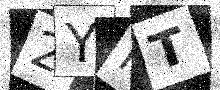
Text: 2YRT